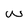
Character: w